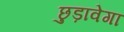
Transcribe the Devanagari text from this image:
छुड़ावेगा